Scientific memoirs by medical officers of the Army of India - Part VI,
Year: 1891
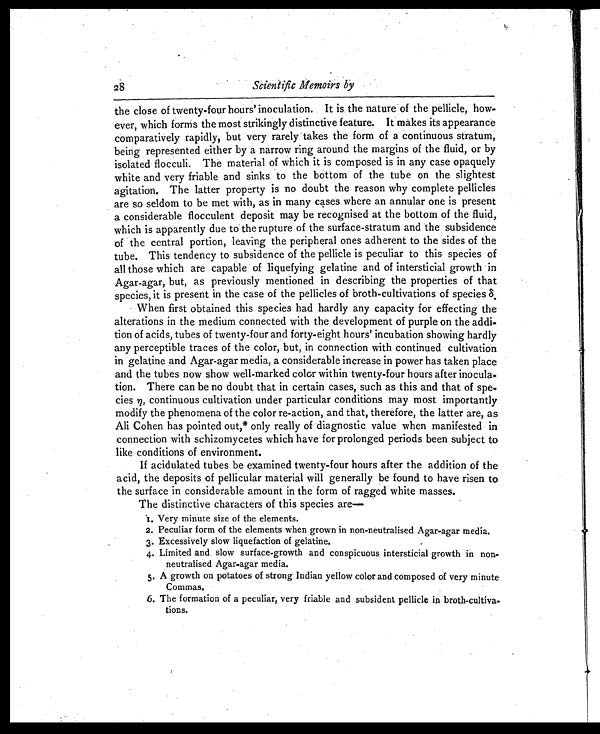
Scientific Memoirs by
the close of twenty-four hours' inoculation. It is the nature of the pellicle, how-
ever, which forms the most strikingly distinctive feature. It makes its appearance
comparatively rapidly, but very rarely takes the form of a continuous stratum,
being represented either by a narrow ring around the margins of the fluid, or by
isolated flocculi. The material of which it is composed is in any case opaquely
white and very friable and sinks to the bottom of the tube on the slightest
agitation. The latter property is no doubt the reason why complete pellicles
are so seldom to be met with, as in many cases where an annular one is present
a considerable flocculent deposit may be recognised at the bottom of the fluid,
which is apparently due to the rupture of the surface-stratum and the subsidence
of the central portion, leaving the peripheral ones adherent to the sides of the
tube. This tendency to subsidence of the pellicle is peculiar to this species of
all those which are capable of liquefying gelatine and of intersticial growth in
Agar-agar, but, as previously mentioned in describing the properties of that
species, it is present in the case of the pellicles of broth-cultivations of species δ .
When first obtained this species had hardly any capacity for effecting the
alterations in the medium connected with the development of purple on the addi-
tion of acids, tubes of twenty-four and forty-eight hours' incubation showing hardly
any perceptible traces of the color, but, in connection with continued cultivation
in gelatine and Agar-agar media, a considerable increase in power has taken place
and the tubes now show well-marked color within twenty-four hours after inocula-
tion. There can be no doubt that in certain cases, such as this and that of spe-
cies η, continuous cultivation under particular conditions may most importantly
modify the phenomena of the color re-action, and that, therefore, the latter are, as
Ali Cohen has pointed out,* only really of diagnostic value when manifested in
connection with schizomycetes which have for prolonged periods been subject to
like conditions of environment.
If acidulated tubes be examined twenty-four hours after the addition of the
acid, the deposits of pellicular material will generally be found to have risen to
the surface in considerable amount in the form of ragged white masses.
The distinctive characters of this species are—
1.Very minute size of the elements.
2. Peculiar form of the elements when grown in non-neutralised Agar-agar media.
3. Excessively slow liquefaction of gelatine.
4. Limited and slow surface-growth and conspicuous intersticial growth in non-
neutralised Agar-agar media.
5. A growth on potatoes of strong Indian yellow color and composed of very minute
Commas.
6. The formation of a peculiar, very friable and subsident pellicle in broth-cultiva
- tions.
28